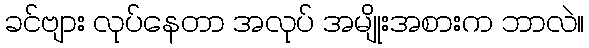
ခင်ဗျား လုပ်နေတာ အလုပ် အမျိုးအစားက ဘာလဲ။